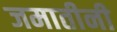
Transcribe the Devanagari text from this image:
जमातीनी